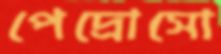
পেদ্রোসো